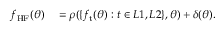
\begin{array} { r l } { f _ { \mathrm { H F } } ( \boldsymbol { \theta } ) } & { { } = \rho ( \{ f _ { \mathrm { t } } ( \boldsymbol { \theta } ) : t \in L 1 , L 2 \} , \boldsymbol { \theta } ) + \delta ( \boldsymbol { \theta } ) . } \end{array}